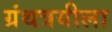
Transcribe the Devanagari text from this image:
ग्रंथत्रयीला